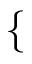
\mathopen { } \mathclose \bgroup \left\{ \begin{array} { r l } \end{array} \aftergroup \egroup \right.